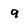
Character: 9